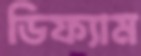
ডিফ্যাম